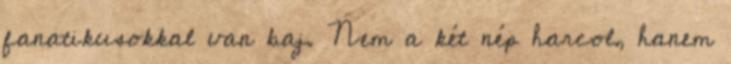
fanatikusokkal van baj. Nem a két nép harcol, hanem